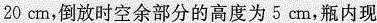
20cm,倒放时空余部分的高度为5cm,瓶内现